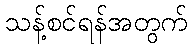
သန့်စင်ရန်အတွက်